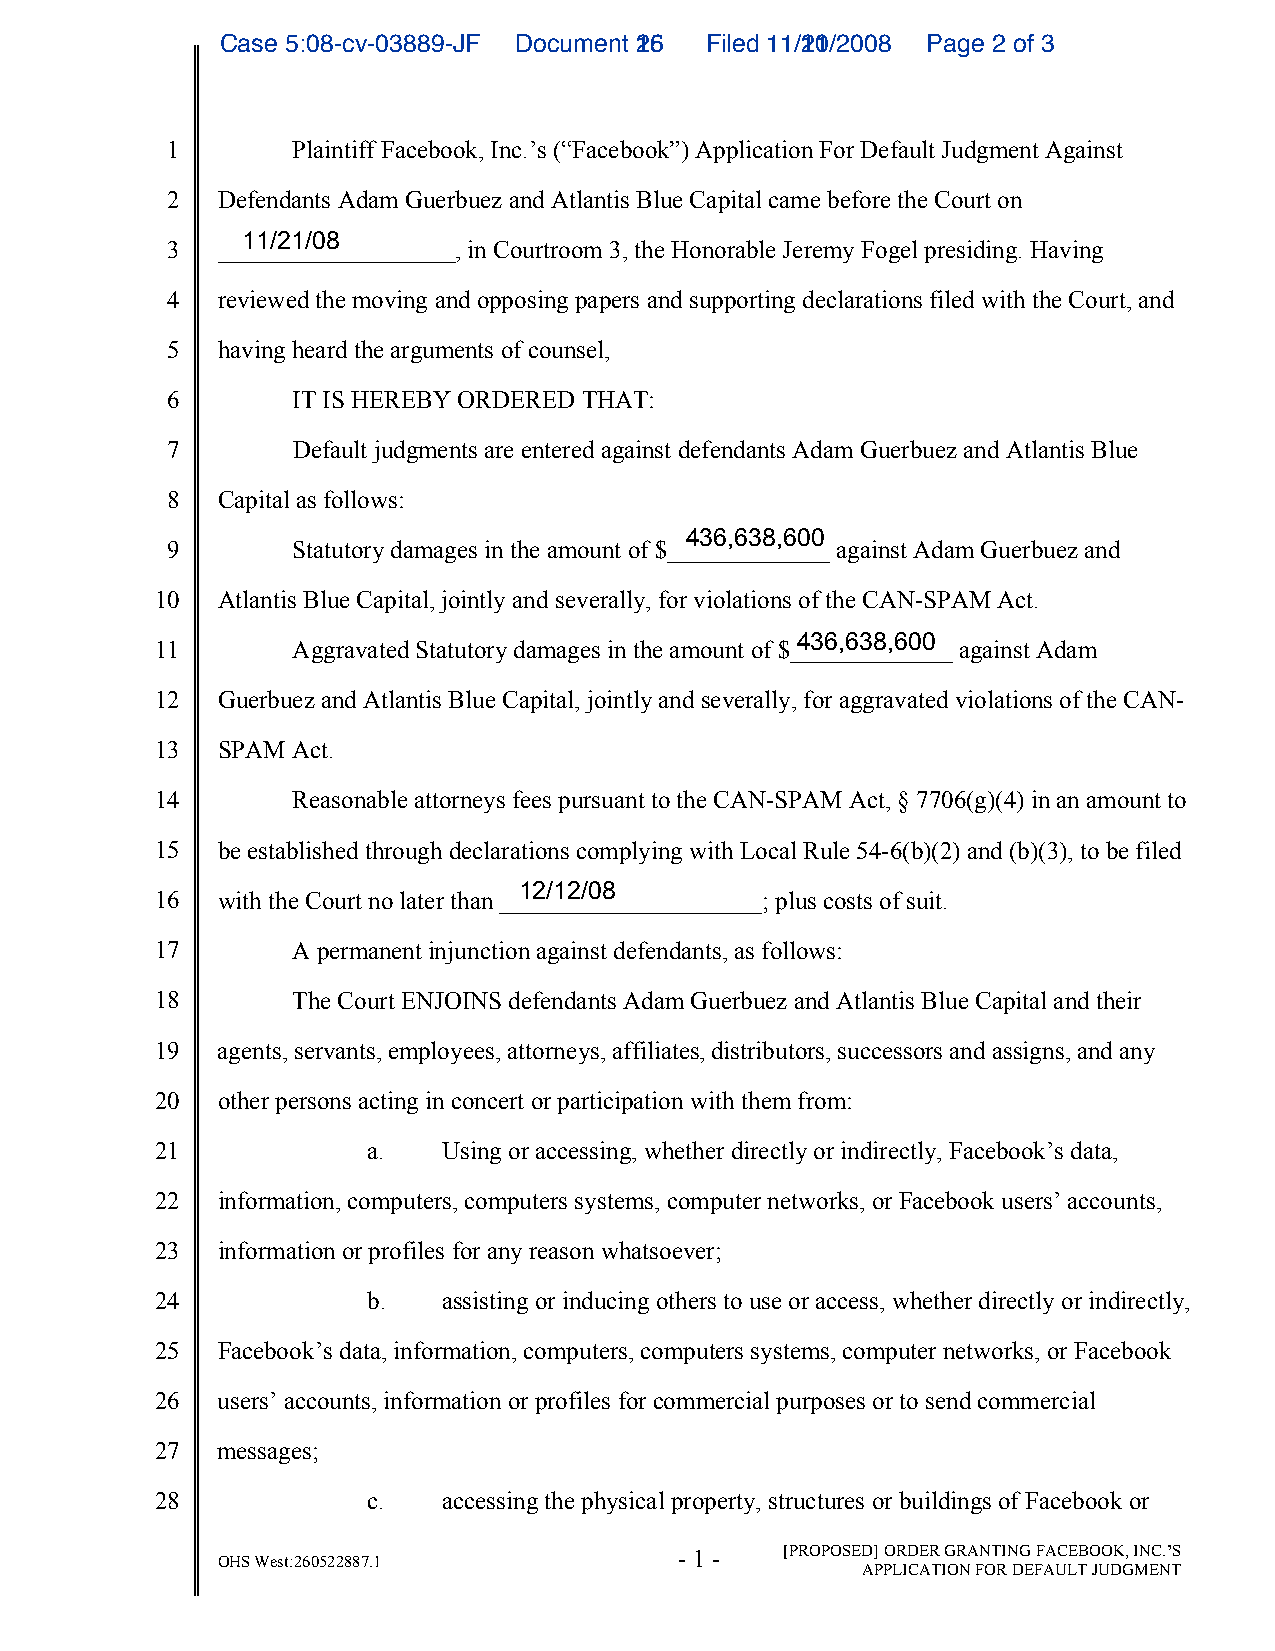
CCaassee 55::0088--ccvv--0033888899--JJFF DDooccuummeenntt 1265 FFiilleedd 1111//1201//22000088 PPaaggee 22 ooff 33
 1       Plaintiff Facebook, Inc.’s (“Facebook”) Application For Default Judgment Against
 2  Defendants Adam Guerbuez and Atlantis Blue Capital came before the Court on
 11/21/08
 3  ___________________, in Courtroom 3, the Honorable Jeremy Fogel presiding. Having
 4  reviewed the moving and opposing papers and supporting declarations filed with the Court, and
 5  having heard the arguments of counsel,
 6       IT IS HEREBY ORDERED THAT:
 7       Default judgments are entered against defendants Adam Guerbuez and Atlantis Blue
 8  Capital as follows:
 436,638,600
 9       Statutory damages in the amount of $_____________ against Adam Guerbuez and
 10  Atlantis Blue Capital, jointly and severally, for violations of the CAN-SPAM Act.
 436,638,600
 11       Aggravated Statutory damages in the amount of $_____________ against Adam
 12  Guerbuez and Atlantis Blue Capital, jointly and severally, for aggravated violations of the CAN-
 13  SPAM Act.
 14       Reasonable attorneys fees pursuant to the CAN-SPAM Act, § 7706(g)(4) in an amount to
 15  be established through declarations complying with Local Rule 54-6(b)(2) and (b)(3), to be filed
 12/12/08
 16  with the Court no later than _____________________; plus costs of suit.
 17       A permanent injunction against defendants, as follows:
 18       The Court ENJOINS defendants Adam Guerbuez and Atlantis Blue Capital and their
 19  agents, servants, employees, attorneys, affiliates, distributors, successors and assigns, and any
 20  other persons acting in concert or participation with them from:
 21            a.   Using or accessing, whether directly or indirectly, Facebook’s data,
 22  information, computers, computers systems, computer networks, or Facebook users’ accounts,
 23  information or profiles for any reason whatsoever;
 24            b.   assisting or inducing others to use or access, whether directly or indirectly,
 25  Facebook’s data, information, computers, computers systems, computer networks, or Facebook
 26  users’ accounts, information or profiles for commercial purposes or to send commercial
 27  messages;
 28            c.   accessing the physical property, structures or buildings of Facebook or
 - 1 -  [PROPOSED] ORDER GRANTING FACEBOOK, INC.’S
 OHS West:260522887.1
 APPLICATION FOR DEFAULT JUDGMENT